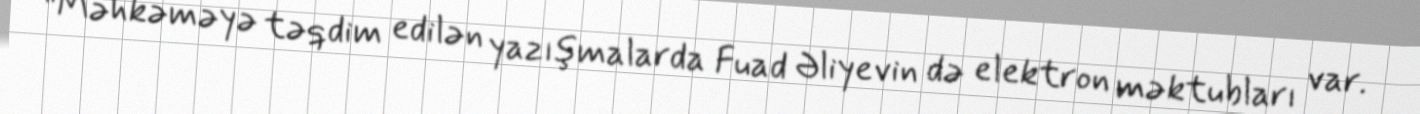
"Məhkəməyə təqdim edilən yazışmalarda Fuad Əliyevin də elektron məktubları var.